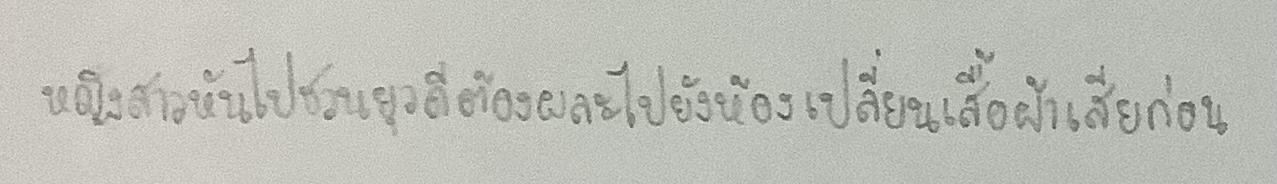
หญิงสาวหันไปชวนยุวดีต้องผละไปยังห้องเปลี่ยนเสื้อผ้าเสียก่อน